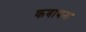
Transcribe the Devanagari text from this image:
कबाबना